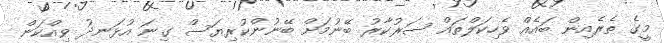
މީގެ ތެރެއިން ބައެއް ވެހިކަލްތައް ސަރުކާރު ބޭނުމަށް ބޭނުންކުރިޔަސް ގިނަ އުޅަނދު ވިއްކަން